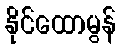
နိုင်ထောမွန်